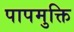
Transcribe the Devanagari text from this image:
पापमुक्ति